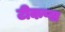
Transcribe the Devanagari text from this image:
टीकप्स